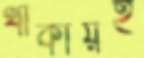
থাকায়ই